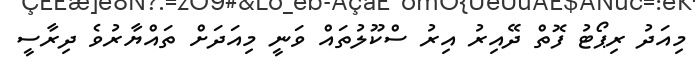
މިއަދު ރިޕޯޓު ފޮތް ދޭއިރު އިރު ސްކޫލުތައް ވަނީ މިއަދަށް ތައްޔާރުވެ ދިރާސީ